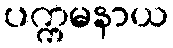
ပက္ကမနာယ